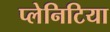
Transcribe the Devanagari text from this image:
प्लेनिटिया